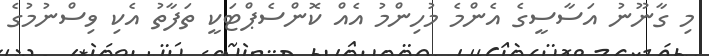
މި ގާނޫނު އަސާސީގެ އެންމެ މުހިންމު އެއް ކޮންސެޕްޓަކީ ތަފާތު އެކި ވިސްނުމުގެ